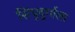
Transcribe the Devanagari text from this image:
सिंधुदुर्गाला